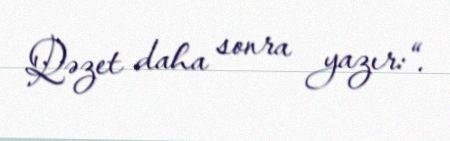
Qəzet daha sonra yazır:“.